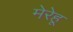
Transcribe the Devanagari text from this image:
मेरेहू